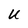
Character: U